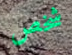
شخص